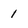
Character: 1